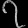
Digit: ၇